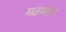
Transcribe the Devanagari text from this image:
मठमहंत